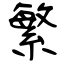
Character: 繁